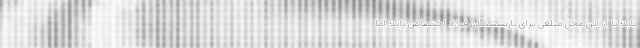
یابد؛ تا از این محل مبلغی برای بازنشستگان فولاد اختصاص یابد؛ اما